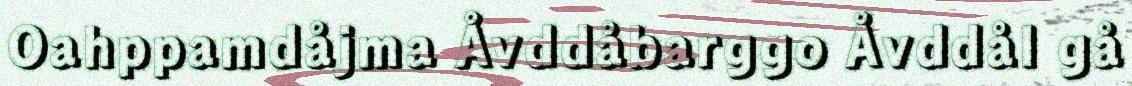
Oahppamdåjma Åvddåbarggo Åvddål gå